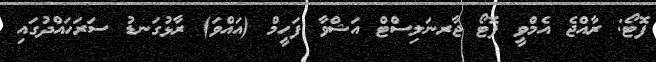
ފޮޓޯ: ރާއްޖެ އެމްވީ ފޮޓޯ ޖާރނަލިސްޓް އަޝްވާ ފަހީމް (އައްވަ) ރާޅުގަނޑު ސަރަހައްދުގައި